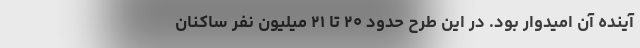
آینده آن امیدوار بود. در این طرح حدود ۲۰ تا ۲۱ میلیون نفر ساکنان